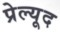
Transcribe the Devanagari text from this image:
प्रेल्यूद